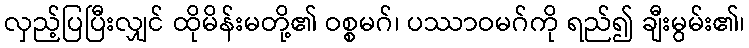
လှည့်ပြပြီးလျှင် ထိုမိန်းမတို့၏ ဝစ္စမဂ်၊ ပဿာဝမဂ်ကို ရည်၍ ချီးမွမ်း၏၊